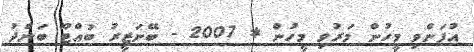
އުފަންވި މީހުން މަރުވި މީހުން * 2007 - ބޭނަޒީރު ބުއްޓޫ ބަންދު